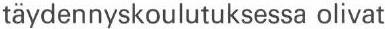
täydennyskoulutuksessa olivat